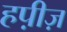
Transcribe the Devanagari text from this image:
हप़ीज़